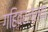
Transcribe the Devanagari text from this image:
गहिवरलेल्या